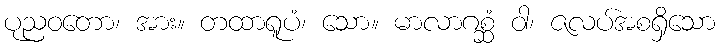
ပုညဝတော၊ အား။ တထာရူပံ၊ သော။ မာလာဂစ္ဆံ ဝါ၊ ဇလပ်အစရှိသော